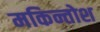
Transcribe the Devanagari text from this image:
मकिन्तोश